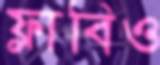
ফ্লাবিও